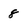
Character: 8